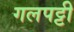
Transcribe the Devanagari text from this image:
गलपट्टी